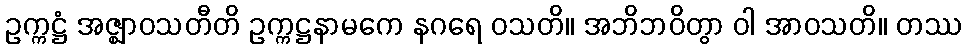
ဥက္ကဋ္ဌံ အဇ္ဈာဝသတီတိ ဥက္ကဋ္ဌနာမကေ နဂရေ ဝသတိ။ အဘိဘဝိတွာ ဝါ အာဝသတိ။ တဿ